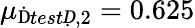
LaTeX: \mu_{\mathrm{Ḋ}testḌ,2}=0.625